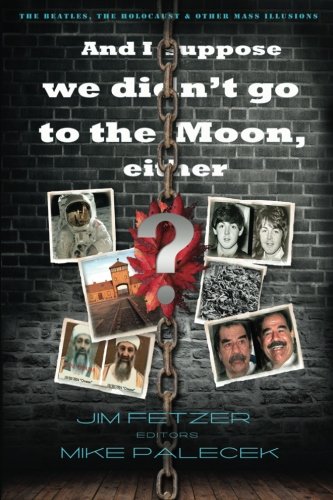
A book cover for And I suppose we didn't go to the moon, either?: The Beatles, the Holocaust, and other mass illusions (Save the World, Resist the Empire); Jim Fetzer; Biographies & Memoirs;